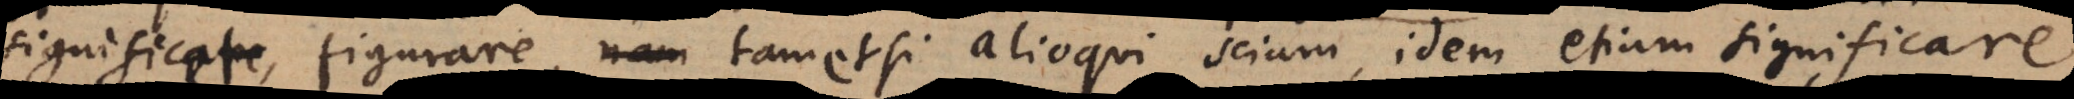
significet, figurare, nam tametsi alioqui sciam, idem etiam significare